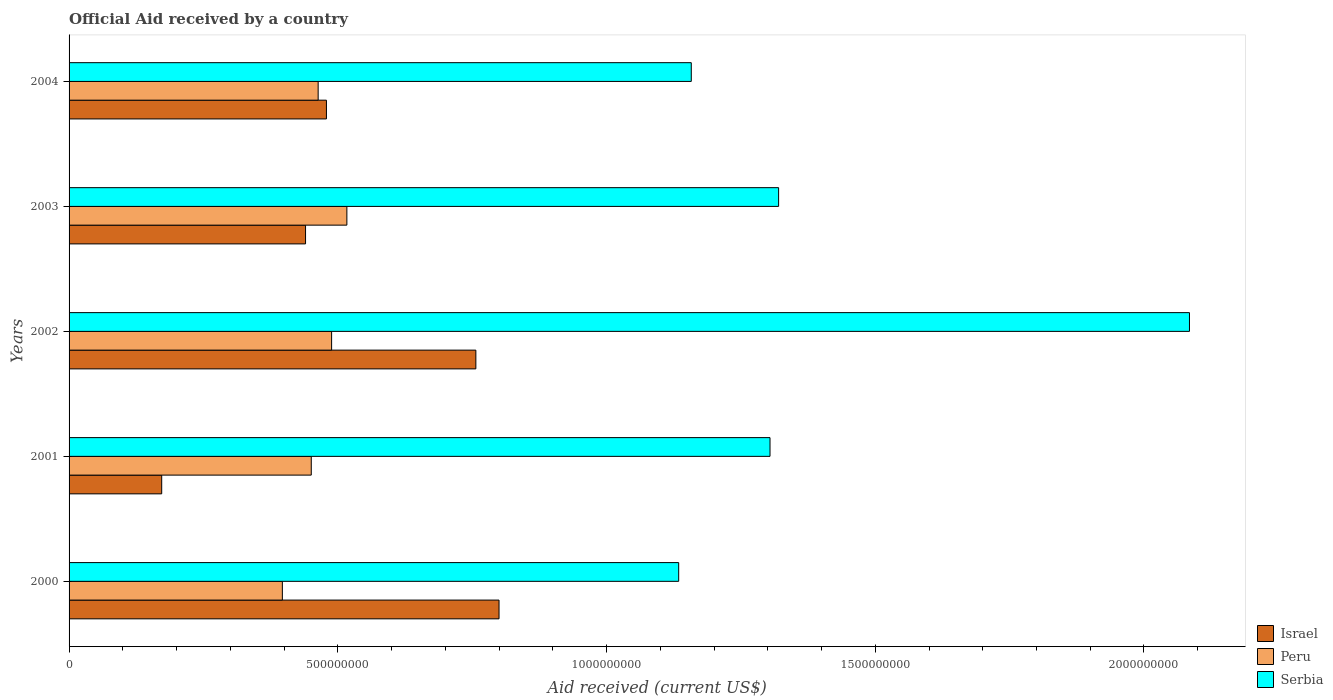
| Years | Israel | Peru | Serbia |
 | --- | --- | --- | --- |
 | 2000 | 8e+08 | 3.97e+08 | 1.13e+09 |
 | 2001 | 1.72e+08 | 4.51e+08 | 1.3e+09 |
 | 2002 | 7.57e+08 | 4.88e+08 | 2.08e+09 |
 | 2003 | 4.4e+08 | 5.17e+08 | 1.32e+09 |
 | 2004 | 4.79e+08 | 4.63e+08 | 1.16e+09 |